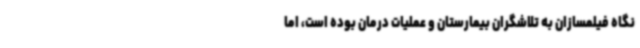
نگاه‌ فیلمسازان به تلاشگران بیمارستان و عملیات درمان بوده است، اما